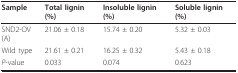
<table><thead><tr><td><b>Sample</b></td><td><b>Total lignin (%)</b></td><td><b>Insoluble lignin (%)</b></td><td><b>Soluble lignin (%)</b></td></tr></thead><tbody><tr><td>SND2-OV(A)</td><td>21.06 ± 0.18</td><td>15.74 ± 0.20</td><td>5.32 ± 0.03</td></tr><tr><td>Wild type</td><td>21.61 ± 0.21</td><td>16.25 ± 0.32</td><td>5.43 ± 0.18</td></tr><tr><td><i>P</i>-value</td><td>0.033</td><td>0.074</td><td>0.623</td></tr></tbody></table>